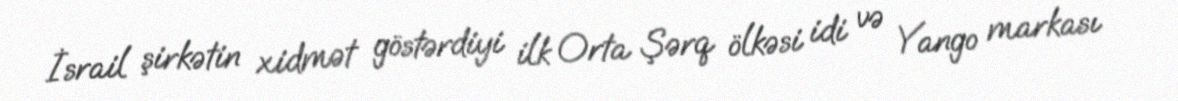
İsrail şirkətin xidmət göstərdiyi ilk Orta Şərq ölkəsi idi və Yango markası